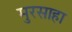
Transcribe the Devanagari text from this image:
मुरसाहा